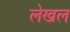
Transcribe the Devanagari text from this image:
लेखल